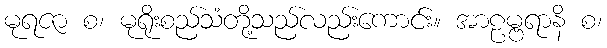
မုရဇာ စ၊ မုရိုးစည်သံတို့သည်လည်းကောင်း။ အာဠမ္ဗရာနိ စ၊